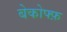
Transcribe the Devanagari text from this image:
बेकोफ्फ़